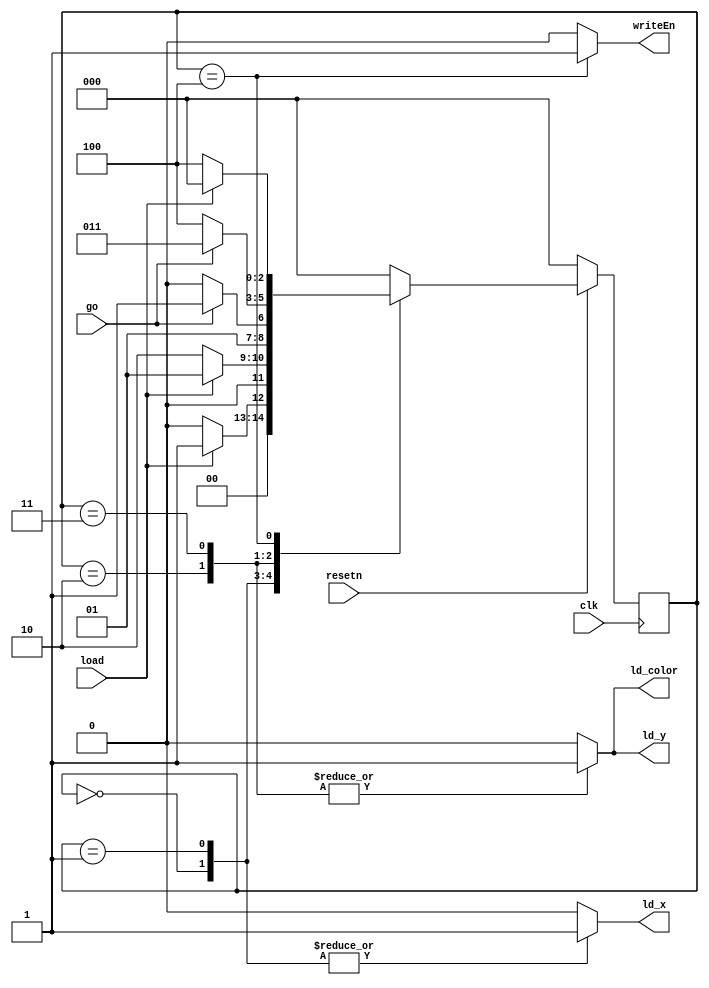
module control(
	input clk, resetn, load, go,
	output reg ld_x, ld_y, ld_color, writeEn);

	reg [2:0] current_state, next_state;

	localparam  LOAD_X = 3'b000,
				LOAD_X_WAIT = 3'b001,
				LOAD_Y = 3'b010,
				LOAD_Y_WAIT = 3'b011,
				PLOT = 3'b100;

	always @(*) 
	begin: state_table
		case (current_state)
			LOAD_X: next_state = load ? LOAD_X_WAIT : LOAD_X;
			LOAD_X_WAIT: next_state = load ? LOAD_X_WAIT : LOAD_Y;
			LOAD_Y: next_state = go ? LOAD_Y_WAIT : LOAD_Y;
			LOAD_Y_WAIT: next_state = go ? LOAD_Y_WAIT : PLOT;
			PLOT: next_state = load ? LOAD_X : PLOT;
			default: next_state = LOAD_X;
		endcase
	end

	always @(*)
	begin
		ld_x = 1'b0;
		ld_y = 1'b0;
		ld_color = 1'b0;
		writeEn = 0;
		case (current_state)
			LOAD_X: ld_x = 1;
			LOAD_X_WAIT: ld_x = 1;
			LOAD_Y: 
				begin
					ld_x = 0;
					ld_y = 1;
					ld_color = 1;
				end
			LOAD_Y_WAIT: 
				begin
					ld_x = 0;
					ld_y = 1;
					ld_color = 1;
				end
			PLOT: writeEn = 1;
		endcase
	end

	always @(posedge clk) begin

		if (!resetn)
			current_state <= LOAD_X;
		else
			current_state <= next_state;
	end 

endmodule

module datapath(
	input clk, resetn, ld_x, ld_y, ld_color,
	input [2:0] color_in,
	input [6:0] coordinate, 
	output [7:0] x_out, 
	output [6:0] y_out, 
	output [2:0] color_out
	);

	reg [7:0] x;
	reg [6:0] y;
	reg [7:0] player1x;
	reg [6:0] player1y;
	reg [2:0] color;
	reg [3:0] counter;
	
	initial begin
		x = 8'd20;
		y = 7'd20;
		player1x = 8'd25;
		player1y = 8'd25;
	end
//	always @(posedge clk) begin
//		if (!resetn) begin	ram32x4 myram(SW[8:4],clock,SW[3:0],SW[9], q);

//			x <= 8'b0;d20module playerControl
//			y <= 7'b0;
//			color <= 3'b0;
//		end
//		else begin
//			if (ld_x)
//				x <= {1'b0, coordinate};
//			if (ld_y)
//				y <= coordinate;
//			if (ld_color)
//				color <= color_in;
//		end
//	end
		
	always @(posedge clk) begin
		if (!resetn)
			counter <= 4'd0;
		else
			if (x  < 50 && y == 20)
				x <= x + 1'b1;
			else if (x == 50 && y < 50)
				y <= y + 1'b1;
			else if (x > 20 && y == 50)
				x <= x - 1'b1;
			else if (x == 20 && y > 20)
				y <= y - 1'b1;
	end

	assign x_out = x;
	assign y_out = y;
	assign color_out = color_in;
    
endmodule